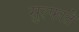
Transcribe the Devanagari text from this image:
सुल्फाते